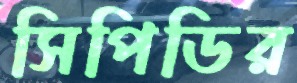
সিপিডির